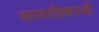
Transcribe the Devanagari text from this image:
साप्ताहिकातही